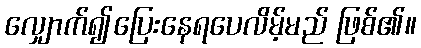
လျှောက်၍ပြေးနေရပေလိမ့်မည် ဖြစ်၏။